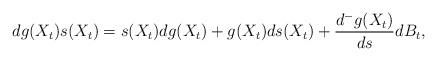
\begin{align*}dg(X_t)s(X_t)=s(X_t)dg(X_t)+g(X_t)ds(X_t)+ \frac{d^-g(X_t)}{ds}dB_t,\end{align*}